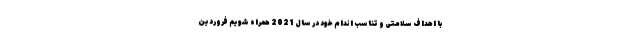
با اهداف سلامتی و تناسب اندام خود در سال 2021 همراه شویم فروردین